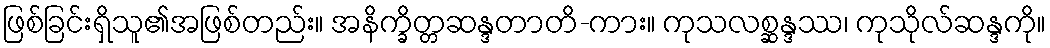
ဖြစ်ခြင်းရှိသူ၏အဖြစ်တည်း။ အနိက္ခိတ္တဆန္ဒတာတိ-ကား။ ကုသလစ္ဆန္ဒဿ၊ ကုသိုလ်ဆန္ဒကို။